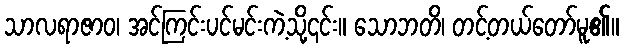
သာလရာဇာဝ၊ အင်ကြင်းပင်မင်းကဲ့သို့၎င်း။ သောဘတိ၊ တင့်တယ်တော်မူ၏။